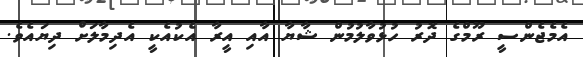
އެމެޖެންސީ ރޫމްގެ ދޮރު ހުޅުވާލުމުން ޝާޔާ އާއި އީރާ އެކުއެކީ އެދިމާލަށް ދިޔައެވެ.